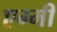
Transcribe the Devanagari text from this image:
एम्‍मी